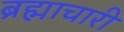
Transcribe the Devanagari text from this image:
ब्रह्माचारी